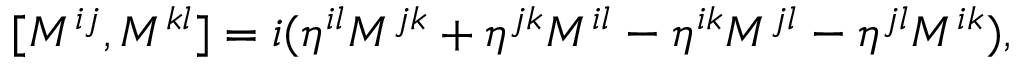
[ M ^ { i j } , M ^ { k l } ] = i ( \eta ^ { i l } M ^ { j k } + \eta ^ { j k } M ^ { i l } - \eta ^ { i k } M ^ { j l } - \eta ^ { j l } M ^ { i k } ) ,